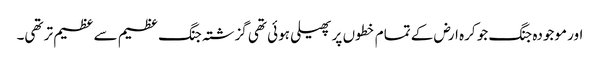
اور موجودہ جنگ جو کرہ ارض کے تمام خطوں پر پھیلی ہوئی تھی گزشتہ جنگ عظیم سے عظیم تر تھی۔